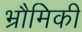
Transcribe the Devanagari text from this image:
भ्रौमिकी